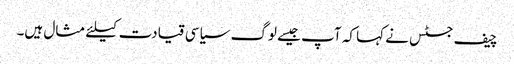
چیف جسٹس نے کہا کہ آپ جیسے لوگ سیاسی قیادت کیلئے مثال ہیں۔